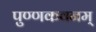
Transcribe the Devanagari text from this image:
पुण्णकवनम्